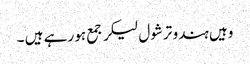
وہیں ہندو ترشول لیکر جمع ہو رہے ہیں ۔